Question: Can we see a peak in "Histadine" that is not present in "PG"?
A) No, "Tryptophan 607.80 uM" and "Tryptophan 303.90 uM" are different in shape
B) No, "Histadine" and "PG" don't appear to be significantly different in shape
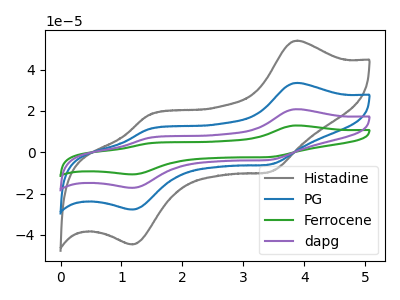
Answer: <think>The gray curve "Histadine" has anodic peaks at (3.90V, 54.05uA) (1.45V, 18.00uA) and cathodic peaks at (3.45V, -9.55uA) (1.20V, -44.70uA). The blue curve "PG" has anodic peaks at (3.90V, 33.60uA) (1.45V, 11.20uA) and cathodic peaks at (3.45V, -5.95uA) (1.20V, -27.80uA). The green curve "Ferrocene" has anodic peaks at (3.90V, 100.80uA) (1.45V, 33.60uA) and cathodic peaks at (3.45V, -17.80uA) (1.20V, -83.35uA). The purple curve "dapg" has anodic peaks at (3.90V, 67.20uA) (1.45V, 22.40uA) and cathodic peaks at (3.45V, -11.90uA) (1.20V, -55.55uA).
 All the peaks in "Histadine" have a peak in "PG" at the same potential. Every peak in "Histadine" is higher than every peak in "PG".</think>
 <answer>B) No, "Histadine" and "PG" don't appear to be significantly different in shape</answer>
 <eval>B</eval>